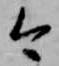
今